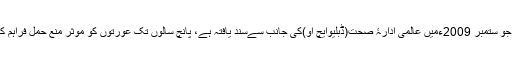
ڈیوائس، جو ستمبر 2009ءمیں عالمی ادارۂ صحت(ڈبلیوایچ او)کی جانب سےسند یافتہ ہے، پانچ سالوں تک عورتوں کو موثر منع حمل فراہم کرتی ہے۔